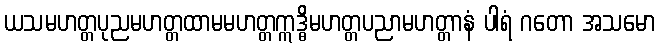
ယသမဟတ္တပုညမဟတ္တထာမမဟတ္တဣဒ္ဓိမဟတ္တပညာမဟတ္တာနံ ပါရံ ဂတော အသမော